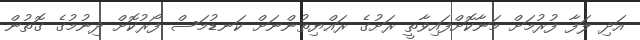
އަދި ލަފާ ފުރުމަށް މަނާކޮށްފައިވާތީ ރަށުގެ ރައްޔިތުންނަށް ކަނޑުމަސް ފޯރުކޮށް ދިނުމުގެ ގޮތުން